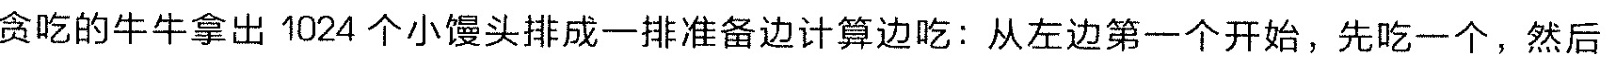
贪吃的牛牛拿出1024个小馒头排成一排准备边计算边吃：从左边第一个开始，先吃一个，然后